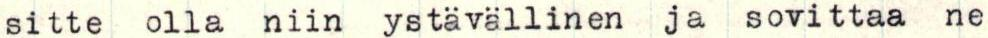
sitte olla niin ystävällinen ja sovittaa ne